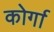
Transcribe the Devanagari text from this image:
कोर्गा